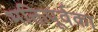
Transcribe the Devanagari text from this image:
भक्तिपूर्वका